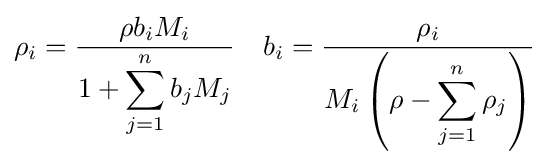
\rho _{i}={\frac {\rho b_{i}M_{i}}{1+\displaystyle \sum _{j=1}^{n}b_{j}M_{j}}}\quad b_{i}={\frac {\rho _{i}}{M_{i}\left(\rho -\displaystyle \sum _{j=1}^{n}\rho _{j}\right)}}